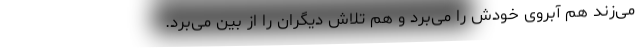
می‌زند هم آبروی خودش را می‌برد و هم تلاش دیگران را از بین می‌برد.